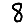
Digit: 8